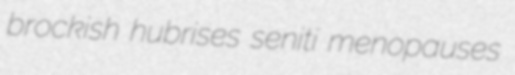
brockish hubrises seniti menopauses